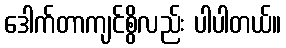
ဒေါက်တာကျင်စွိလည်း ပါပါတယ်။